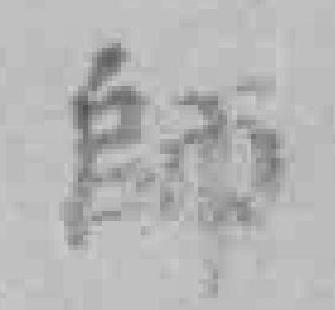
師